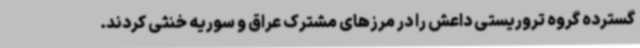
گسترده گروه تروریستی داعش را در مرزهای مشترک عراق و سوریه خنثی کردند.